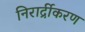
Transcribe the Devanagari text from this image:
निरार्द्रीकरण